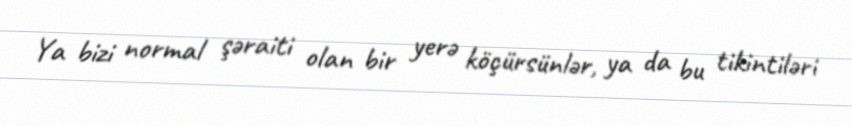
Ya bizi normal şəraiti olan bir yerə köçürsünlər, ya da bu tikintiləri